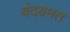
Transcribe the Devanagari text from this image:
बंदबमत